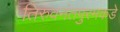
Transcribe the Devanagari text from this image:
तिरुवनंतपुरमकडे